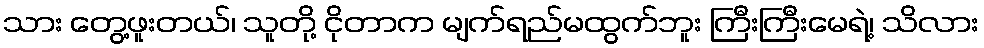
သား တွေ့ဖူးတယ်၊ သူတို့ ငိုတာက မျက်ရည်မထွက်ဘူး ကြီးကြီးမေရဲ့၊ သိလား